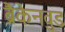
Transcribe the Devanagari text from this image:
ब्रैकेनवुड